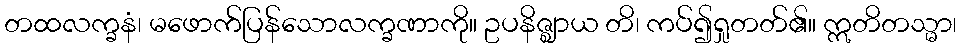
တထလက္ခနံ၊ မဖောက်ပြန်သောလက္ခဏာကို။ ဥပနိဇ္ဈာယ တိ၊ ကပ်၍ရှုတတ်၏။ ဣတိတသ္မာ၊